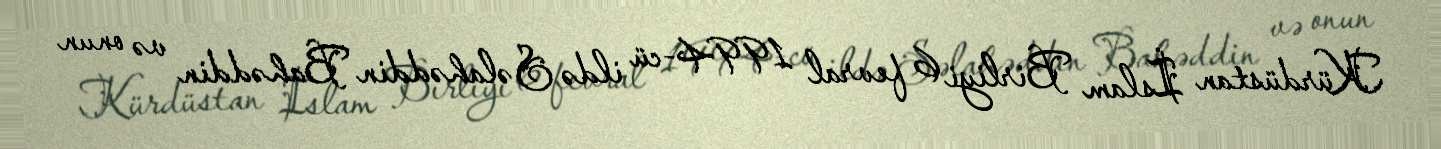
Kürdüstan İslam Birliyi 6 fevral 1994-cü ildə Səlahəddin Bahəddin və onun